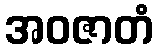
အဝဇာတံ